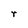
Character: r